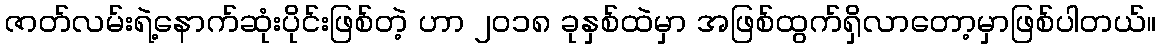
ဇာတ်လမ်းရဲ့နောက်ဆုံးပိုင်းဖြစ်တဲ့ ဟာ ၂၀၁၈ ခုနှစ်ထဲမှာ အဖြစ်ထွက်ရှိလာတော့မှာဖြစ်ပါတယ်။